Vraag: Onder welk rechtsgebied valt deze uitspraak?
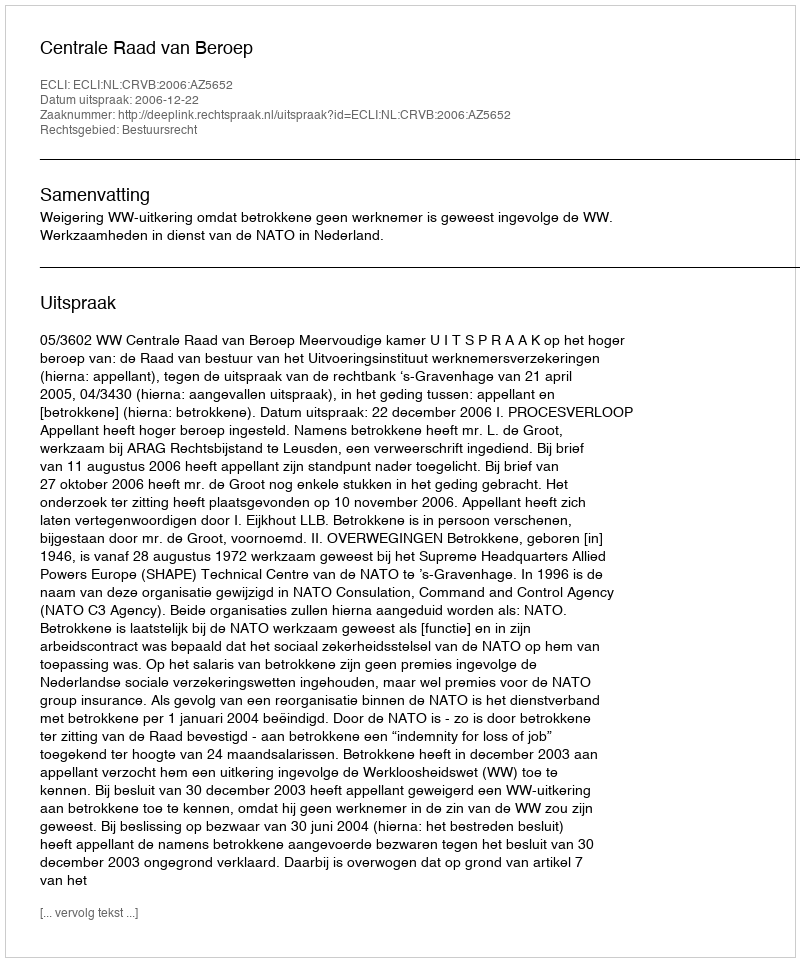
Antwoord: Bestuursrecht